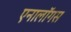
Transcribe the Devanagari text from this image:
एनालॉगस